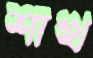
শাখ